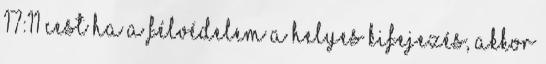
17:11 CEST Ha a félvédelem a helyes kifejezés, akkor